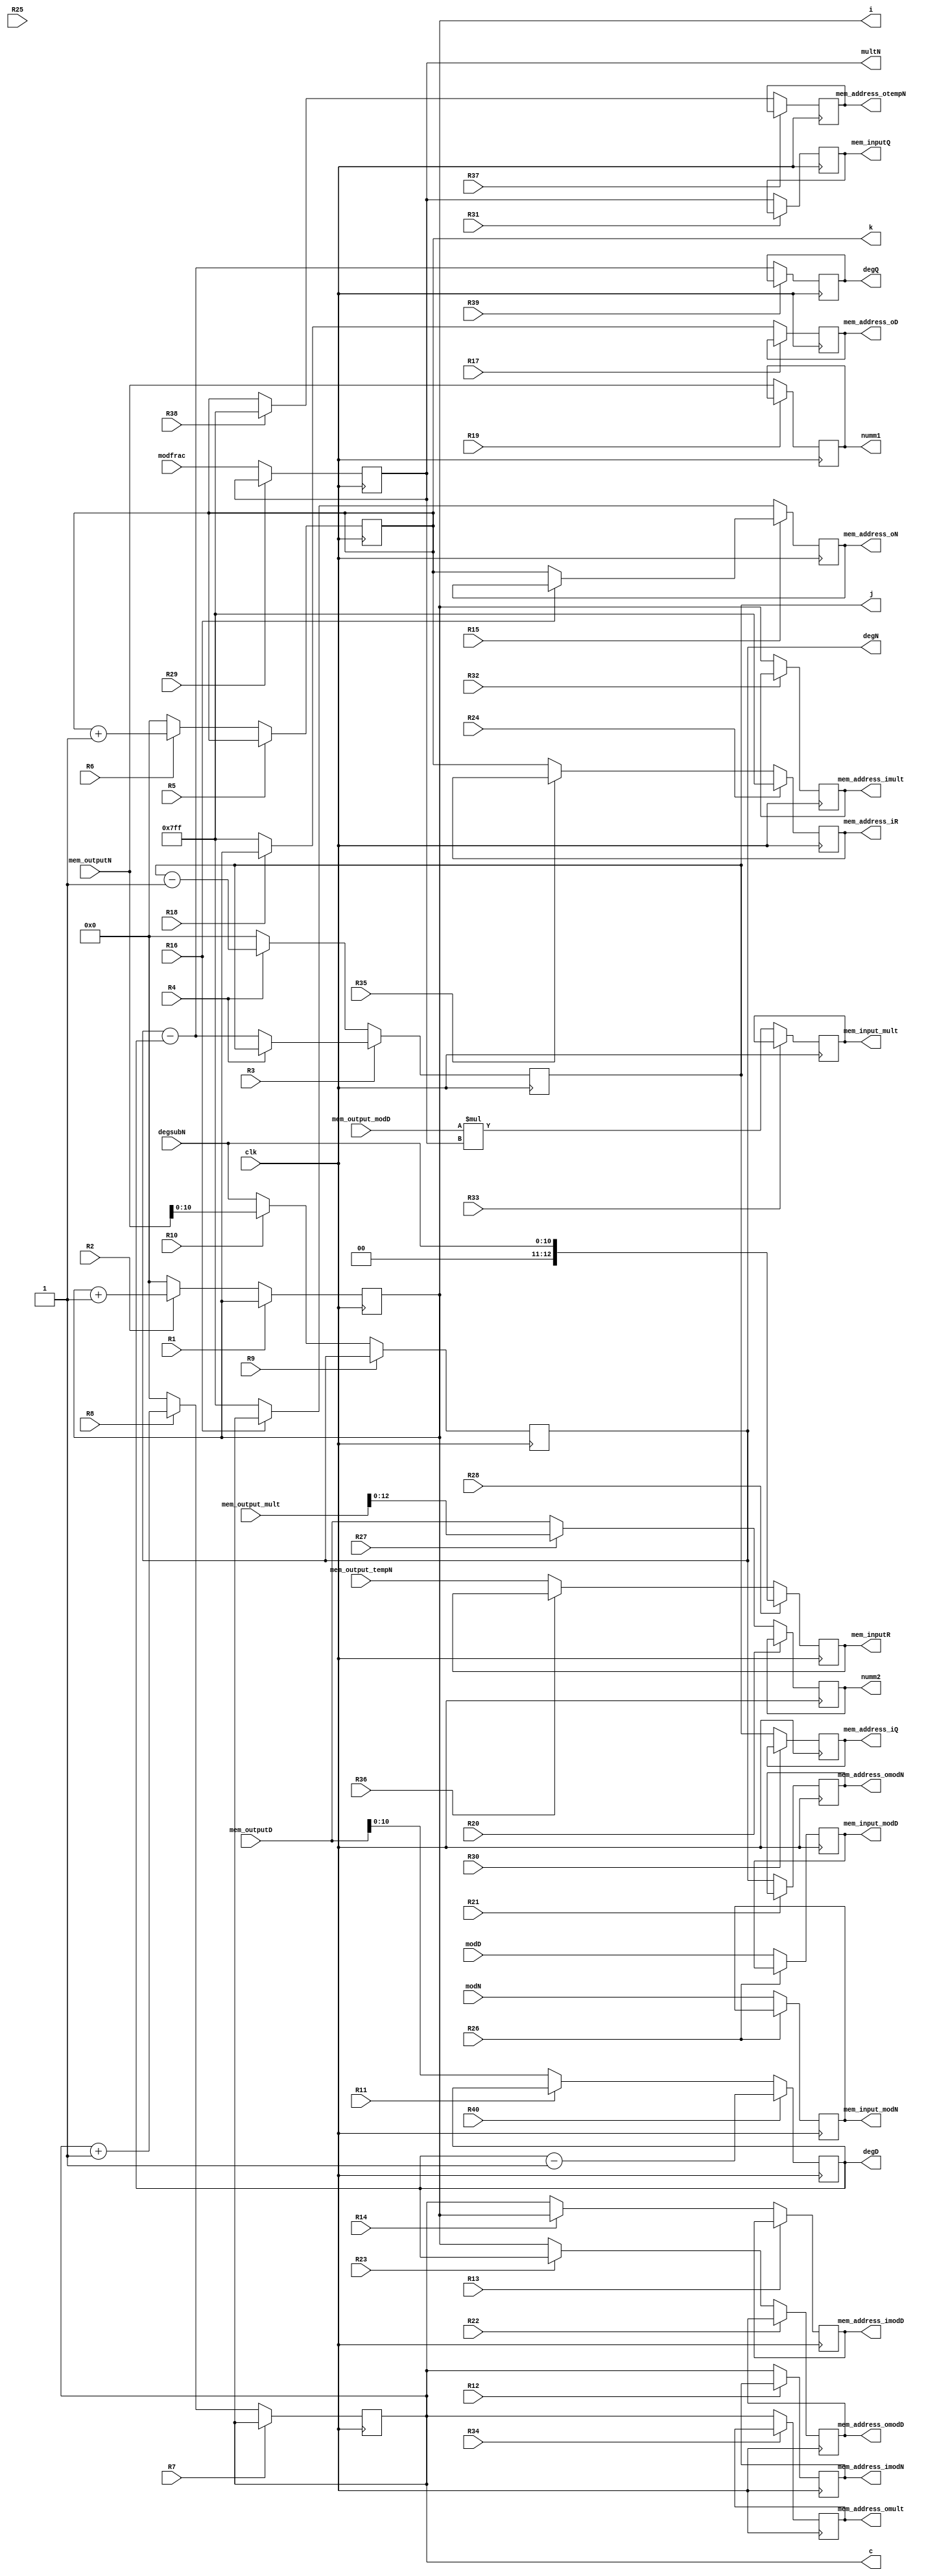
`timescale 1ns / 1ps
//////////////////////////////////////////////////////////////////////////////////
// Company: 
// Engineer: 
// 
// Design Name: 
// Module Name: divpoly_DP
// Project Name: 
// Target Devices: 
// Tool Versions: 
// Description: 
// 
// Dependencies: 
// 
// Revision:
// Revision 0.01 - File Created
// Additional Comments:
// 
//////////////////////////////////////////////////////////////////////////////////


module divpoly_DP(
    input clk,
    input R1, R2,R3, R4, R5,R6,R7, R8, R9, R10, R11, R12, R13,R14, R15,R16, R17, R18, R19, R20, R21, R22, R23, R24, R25, R26, R27,R28, R29,R30, R31, R32, R33, R34, R35, R36, R37, R38, R39, R40,
    input [12:0]mem_outputN,
    input [12:0]mem_outputD,
    input [25:0]mem_output_mult,
    input [12:0]mem_output_tempN,
    input [12:0]mem_output_modD,
    input [10:0]degsubN,
    input [12:0]modN,
    input [12:0]modD,
    input [12:0]modfrac,
    output reg[12:0]mem_inputQ,
    output reg[12:0]mem_inputR,
    output reg[10:0]mem_address_iQ,
    output reg[10:0]mem_address_iR,
    output reg[10:0]mem_address_oN,
    output reg[10:0]mem_address_oD,
    output reg[10:0]degN,degQ,
    output reg[10:0]degD,
    output reg[10:0]mem_address_imodN,
    output reg[10:0]mem_address_imodD,
    output reg[12:0]numm1,
    output reg[12:0]numm2,
    output reg[10:0]mem_address_omodN,
    output reg[10:0]mem_address_omodD,
    output reg[12:0]mem_input_modN,
    output reg[12:0]mem_input_modD,
    output reg[12:0]multN,
    output reg[10:0]mem_address_imult,
    output reg[25:0]mem_input_mult,
    output reg[10:0]mem_address_omult,
    output reg[10:0]mem_address_otempN,
    output reg[10:0]i,j,c,
    output reg[10:0]k
    );

    wire [10:0]nextmem_address_iQ;
    wire [10:0]nextmem_address_iR;
    wire [12:0]nextmem_inputQ;
    wire [12:0]nextmem_inputR;
    wire [10:0]nextmem_address_oN;
    wire [10:0]nextmem_address_oD;
    wire [10:0]nextdegD, nextdegQ;
    wire [10:0]nextdegN;
    wire [10:0]nextmem_address_imodN;
    wire [10:0]nextmem_address_imodD;
    wire [12:0]nextnumm1;
    wire [12:0]nextnumm2;
    wire [10:0]nextmem_address_omodN;
    wire [10:0]nextmem_address_omodD;
    wire [12:0]nextmem_input_modN;
    wire [12:0]nextmem_input_modD;
    wire [12:0]nextmultN;
    wire [10:0]nextmem_address_imult;
    wire [25:0]nextmem_input_mult;
    wire [10:0]nextmem_address_omult;
    wire [10:0]nextmem_address_otempN;
    wire [10:0]nexti,nextj,nextc;
    wire [10:0]nextk;
     
    
    // Registro M
    always @(posedge clk)
        mem_address_iQ <= nextmem_address_iQ;
    // Parte combinacional de M
    assign nextmem_address_iQ = R30 ? mem_address_iQ:j;
    
    // Registro A
    always @(posedge clk)
        i <= nexti;
    assign nexti = R1 ? R2 ? (i): (i) : R2 ? (i+1): (0);
    
    always @(posedge clk)
        j <= nextj;
    // Parte combinacional de M
    assign nextj =R3 ? R4 ? (j): (degN-degD) : R4 ? (j-1): (0);
    
    // Registro M
    always @(posedge clk)
        k <= nextk;
    // Parte combinacional de M
    assign nextk = R5 ? R6 ? (k): (k) : R6 ? (k+1): (0);
    
    always @(posedge clk)
        c <= nextc;
    // Parte combinacional de M
    assign nextc = R7 ? R8 ? (c): (c) : R8 ? (c+1): (0);  
         
    // Registro RP
    always @(posedge clk)
        mem_address_iR <= nextmem_address_iR;
    // Parte combinacional de RP
    assign nextmem_address_iR = R24 ? 11'd2047:R35 ? mem_address_iR: k;
    
    always @(posedge clk)
        mem_inputQ <= nextmem_inputQ;
    // Parte combinacional de RP
    assign nextmem_inputQ = R31 ? mem_inputQ: (multN);
    
    always @(posedge clk)
        mem_inputR <= nextmem_inputR;
    // Parte combinacional de RP
    assign nextmem_inputR = R28 ? degsubN:R36 ? mem_inputR:mem_output_tempN ;
    
    always @(posedge clk)
        mem_address_oN <= nextmem_address_oN;
    // Parte combinacional de RP
    assign nextmem_address_oN = R15 ? R16 ? (mem_address_oN): (k) : R16 ? (c): (11'd2047);
    
    always @(posedge clk)
        mem_address_oD <= nextmem_address_oD;
    // Parte combinacional de RP
    assign nextmem_address_oD = R17 ?  R18 ? (mem_address_oD): (mem_address_oD) : R18 ? (i): (11'd2047);
    
    // Registro M
    always @(posedge clk)
        degD <= nextdegD;
    // Parte combinacional de M
    assign nextdegD =R40 ? degD-1:R11 ? degD : mem_outputD ;
    // Registro M
    always @(posedge clk)
        degN <= nextdegN;
    // Parte combinacional de M
    assign nextdegN = R9 ? R10 ? (degN): (degN) : R10 ? (mem_outputN): (degsubN);
    
    always @(posedge clk)
        degQ <= nextdegQ;
    // Parte combinacional de M
    assign nextdegQ = R39 ? (degQ): (degN-degD);
    
    
    // Registro A
    always @(posedge clk)
        mem_address_imodN <= nextmem_address_imodN;
    assign nextmem_address_imodN = R12 ?  (mem_address_imodN) : (c) ;
            
    // Registro RP
    always @(posedge clk)
        mem_address_imodD <= nextmem_address_imodD;
    // Parte combinacional de RP
    assign nextmem_address_imodD = R13 ? R14 ? (mem_address_imodD): (mem_address_imodD) : R14 ? (i): (c);
    
    always @(posedge clk)
        numm1 <= nextnumm1;
    // Parte combinacional de RP
    assign nextnumm1 = R19 ? numm1:(mem_outputN);
    
    always @(posedge clk)
        numm2 <= nextnumm2;
    // Parte combinacional de RP
    assign nextnumm2 = R20 ? R27 ? (numm2): (numm2) : R27 ? (mem_output_mult): (mem_outputD);
    
    always @(posedge clk)
        mem_address_omodN <= nextmem_address_omodN;
    // Parte combinacional de RP
    assign nextmem_address_omodN = R21 ? (mem_address_omodN): (degN);
    
    always @(posedge clk)
        mem_address_omodD <= nextmem_address_omodD;
    // Parte combinacional de RP
    assign nextmem_address_omodD = R22 ? R23 ? (mem_address_omodD): (mem_address_omodD) : R23 ? (degD): (i);
    
    // Registro M
    always @(posedge clk)
        mem_input_modN <= nextmem_input_modN;
    // Parte combinacional de M
    assign nextmem_input_modN = R26 ? mem_input_modN:modN ;
    // Registro M
    always @(posedge clk)
        mem_input_modD <= nextmem_input_modD;
    // Parte combinacional de M
    assign nextmem_input_modD = R26 ? mem_input_modD:modD ;
    
    always @(posedge clk)
        multN <= nextmultN;
    // Parte combinacional de RP
    assign nextmultN = R29 ? multN: (modfrac);
    
    always @(posedge clk)
        mem_address_imult <= nextmem_address_imult;
    // Parte combinacional de RP
    assign nextmem_address_imult = R32 ? mem_address_imult : i;
    
    always @(posedge clk)
        mem_input_mult <= nextmem_input_mult;
    // Parte combinacional de RP
    assign nextmem_input_mult = R33 ? mem_input_mult : mem_output_modD*multN ;
    
    // Registro M
    always @(posedge clk)
        mem_address_omult <= nextmem_address_omult;
    // Parte combinacional de M
    assign nextmem_address_omult =R34 ? mem_address_omult : c;
    // Registro M
    always @(posedge clk)
        mem_address_otempN <= nextmem_address_otempN;
    // Parte combinacional de M
    assign nextmem_address_otempN = R37 ? R38 ? (mem_address_otempN): (mem_address_otempN) : R38 ? (11'd2047): (k);
endmodule